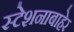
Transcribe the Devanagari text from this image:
स्टेशनाबाहेर